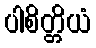
ပါစိတ္တိယံ